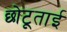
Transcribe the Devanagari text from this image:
छोटूताई